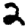
Digit: 2